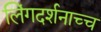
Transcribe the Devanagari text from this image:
लिंगदर्शनाच्च